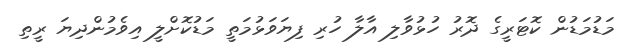
މަޑުމަޑުން ކޮޓަރީގެ ދޮރު ހުޅުވާލި އާލާ ހުރި ފިޔަވަޅުމަތީ މަޑުކޮށްލީ އިވެމުންދިޔަ ރީތި